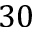
3 0